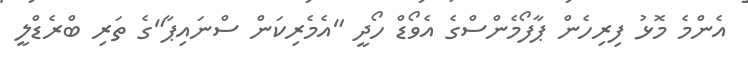
އެންމެ މޮޅު ފިރިހެން ޕާފޯމެންސްގެ އެވޯޑް ހޯދީ "އެމެރިކަން ސްނައިޕާ"ގެ ތަރި ބްރެޑްލީ